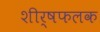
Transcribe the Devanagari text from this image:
शीर्षफलक